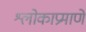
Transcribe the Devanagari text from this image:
श्लोकाप्रमाणे